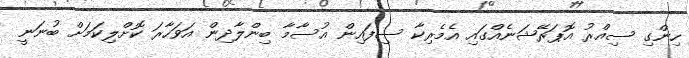
ހިންގި ސިއްރު އޮޕަރޭޝަނެއްގައި އެމެރިކާ ސިފައިން އުސާމާ ބިންލާދިން އަވަހާރަ ކޮށްލިކަމަށް ބުނަނީ